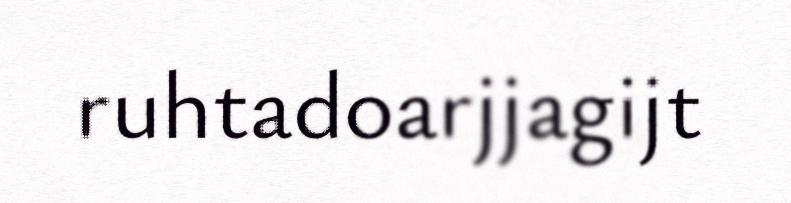
ruhtadoarjjagijt